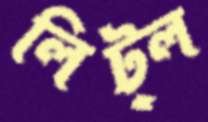
লিট্ল